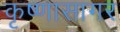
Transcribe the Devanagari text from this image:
कृष्णासागर